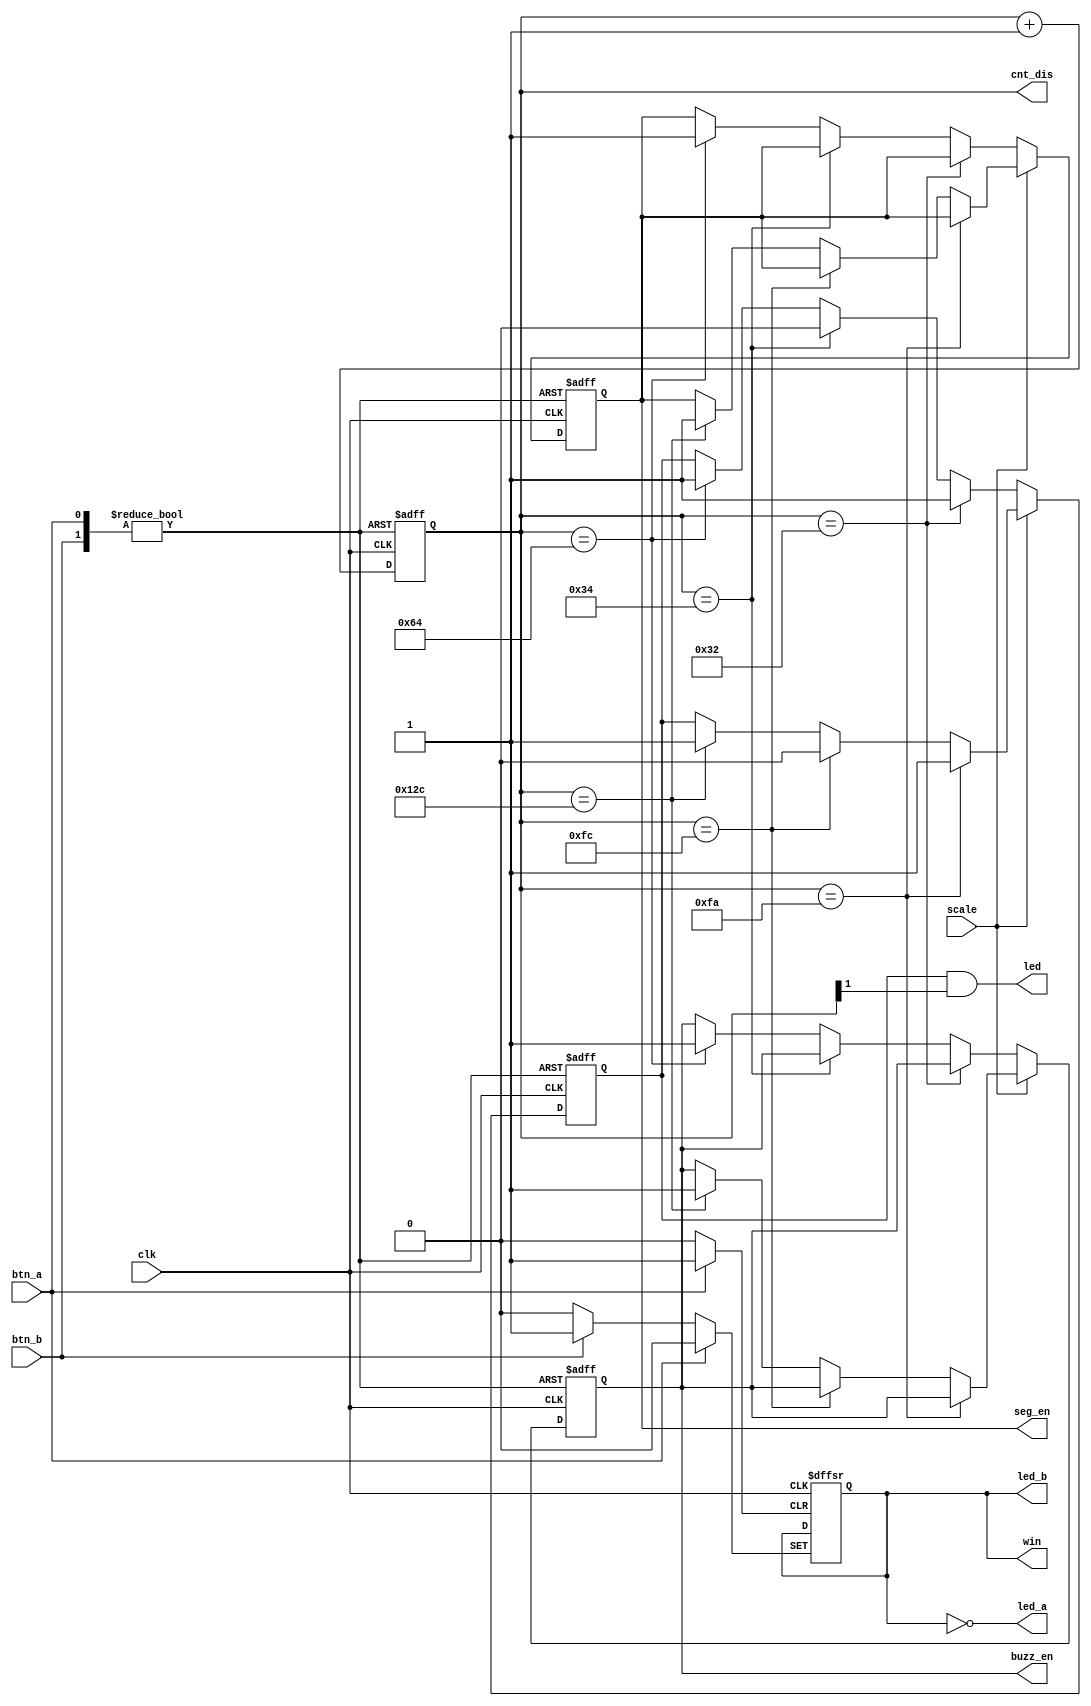
`timescale 1ns / 1ps

module timer(
    input btn_a,
    input btn_b,
    input clk,
    input scale,
    output reg buzz_en,
    output led,
    output reg seg_en,
    output win,
    output led_a,
    output led_b,
    output [8:0] cnt_dis
    );

    reg led_en;
    reg is_b;
    reg [8:0] cnt;

    always@(posedge btn_a or posedge btn_b or posedge clk)
    begin
        //Butten A has been pushed--Set A
        if(btn_a)
        begin
            buzz_en <= 0;
            led_en <= 0;
            cnt <= 0;
            seg_en <= 0;
            is_b <= 0;
        end
        //Butten B has been pushed--Set B
        else if (btn_b) begin
            buzz_en <= 0;
            led_en <= 0;
            cnt <= 0;
            seg_en <= 0;
            is_b <= 1;
        end
        //No butten has been pushed--time goes on
        else begin
            cnt <= cnt + 1;
            //Scale on (timeout at 30s)
            if(scale)
            begin
                if(cnt==250)led_en <= 1;
                else if(cnt==252)led_en <= 0;
                else if(cnt==300)
                begin
                    led_en <= 1;
                    buzz_en <= 1;
                    seg_en <= 1;
                end
            end
            //Scale off (timeout at 10s)
            else begin
                if(cnt==50)led_en <= 1;
                else if(cnt==52)led_en <= 0;
                else if(cnt==100)
                begin
                    led_en <= 1;
                    buzz_en <= 1;
                    seg_en <= 1;
                end
            end
        end
    end

    assign led = led_en & cnt[1];  //LED flashing at a frequency of 2.5Hz
    assign win = is_b;  //Segment displayer choose signal
    assign led_a = ~is_b;
    assign led_b = is_b;
    assign cnt_dis = cnt;

endmodule